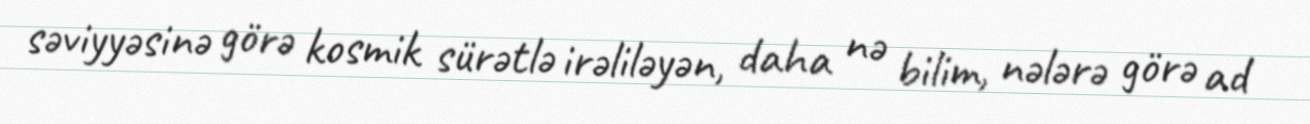
səviyyəsinə görə kosmik sürətlə irəliləyən, daha nə bilim, nələrə görə ad